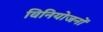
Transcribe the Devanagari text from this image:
विनियोजनों